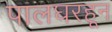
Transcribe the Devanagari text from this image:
पालघरहून